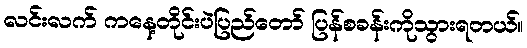
လင်းလက် ကနေ့တိုင်းပဲပြည်တော် ပြန်စခန်းကိုသွားရတယ်။